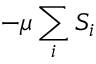
- \mu \sum _ { i } S _ { i }